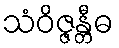
သံဝိဇ္ဇန္တီဓ